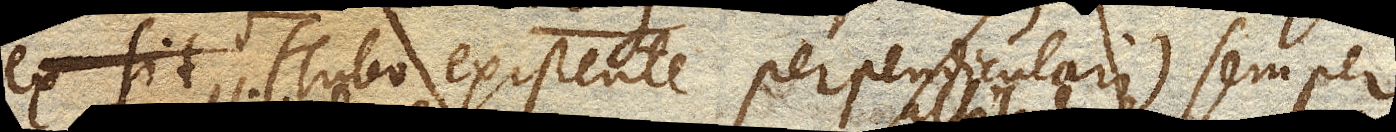
(Tubo existente perpendiculari) semper